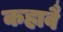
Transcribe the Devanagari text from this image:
कहावै